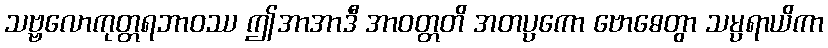
သဗ္ဗလောကုတ္တရဘာဝဿ ဤအာအာဒီ အာဝတ္တတိ အတပ္ပကော ဗောဓေတွာ သမ္ပရာယိကာ